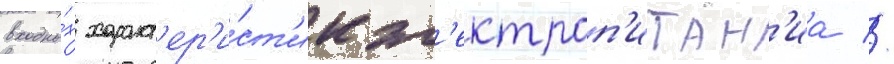
входны́х характ'ер'и́ст'ик эл'ектроп'итан'иа //